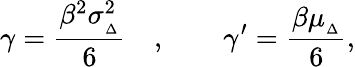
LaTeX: \gamma=\frac{\beta^{2}\sigma_{_{\Delta}}^{2}}{6}\quad,\quad\quad\gamma^{\prime}=\frac{\beta\mu_{_{\Delta}}}{6},